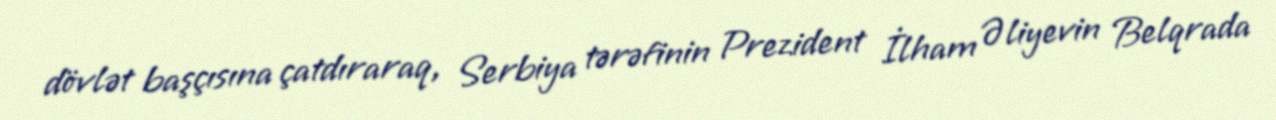
dövlət başçısına çatdıraraq, Serbiya tərəfinin Prezident İlham Əliyevin Belqrada